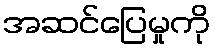
အဆင်ပြေမှုကို